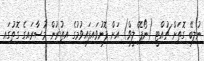
ނުލިބޭ ގޮތަށް ޗުއްޓީ (ނޯޕޭ ލީވް) އަށް ފޮނުވައިފައިވުމުގެ އިތުރުން މުސާރައިގެ ގޮތުގައި